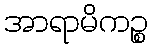
အာရာမိကဉ္စ